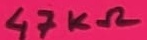
Text: 47KΩ